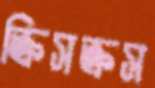
ক্রিসক্রস